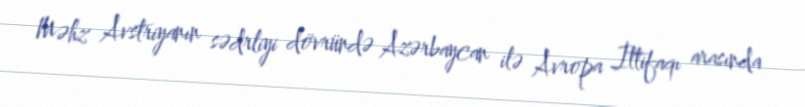
Məhz Avstriyanın sədrliyi dövründə Azərbaycan ilə Avropa İttifaqı arasında